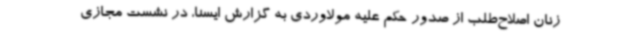
زنان اصلاح‌طلب از صدور حکم علیه مولاوردی به گزارش ایسنا، در نشست مجازی